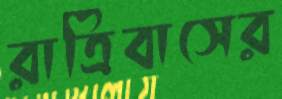
রাত্রিবাসের